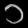
Digit: ၁